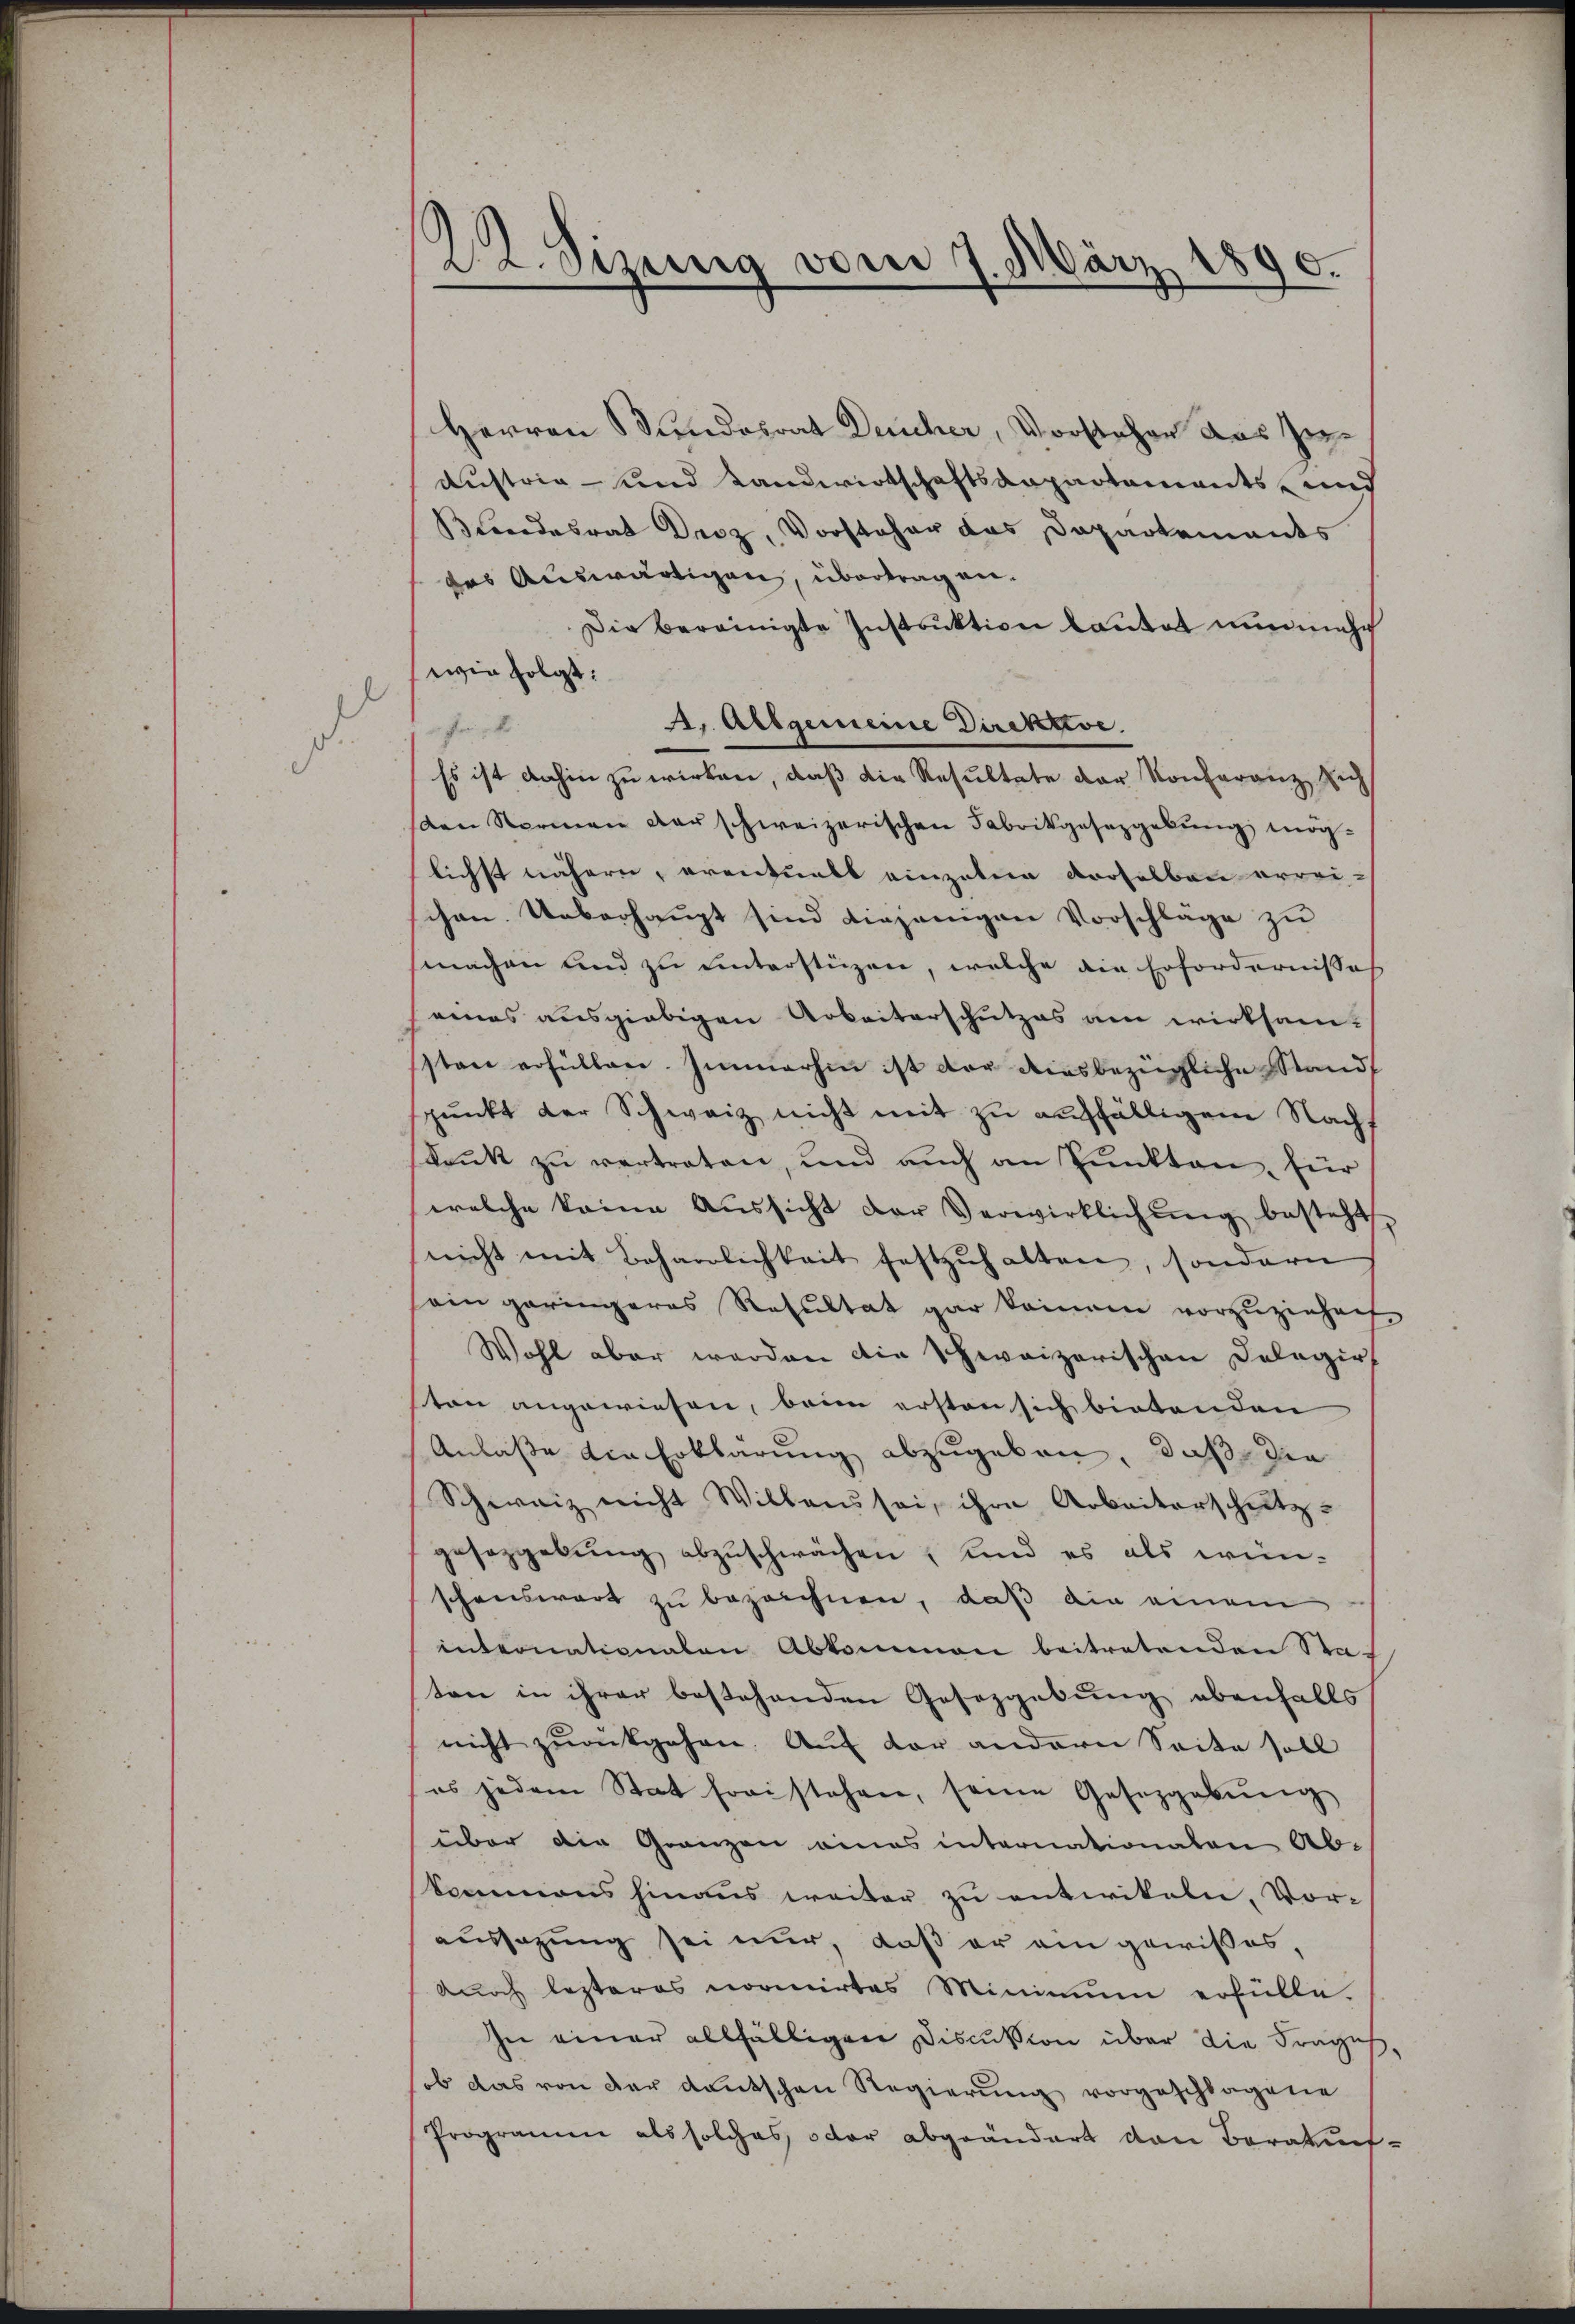
22. Sizenig vom 7. März 1890.

Herren Bundesrat Deucher, Vorstehen aus Zu¬
Austria - und Landwirtschaftsanpartements- und
Blendesrat Droz, Vorsteher das Departements
des Auswärtigen, übertragen.
Die bereinigte Instruktion lautet nunmehr
wie folgt:
4. Allgemeine Direktive.
fr
Es ist dahin zu wirken, daß die Resultate der Konferanz sich
sten Normen der schweizerischen Fabrikgesetzgebung möglichst nähern, eventuell eingeben derselben errei-
chen. Ueberhaupt sind diejenigen Vorschläge zu
machen und zu unterstüzen, welche die Erfordernisse
eines ausgiebigen Arbeiterschutzes am wirksam-
sten erfüllen. Immerhin ist der diesbezügliche Stand,
pŭnkt der Schweiz nicht mit zu auffälligem Nachs
dank zu vertreten, und auch an Punkten, für
welche keine Aŭssicht der Verwirklichŭng besteht
nicht mit Beharrlichkeit festzuhalten, sondern
ein geringeres Resultat gar kommen vorzuziehen
Wohl aber werden die Schweizerischen Delegir
ton angewiesen, beim ersten sich bietenden
Anlaße die Erklärung abzugeben, daß die
Schweiz nicht Willens sei, ihre Arbeiterschutz-
gesezgebung abzuschwächen, und es als wein-
schenswart zu bezeichnen, daß die einem
internationalen Abkommen beitretenden Sta-
ton in ihrer bestehenden Gesetzgebung ebenfalls
nicht zurükgehen. Auf der andern Seite soll
es jedem Stat freistehen, seine Gesezgabŭng
über die Gränzen eines internationalen Ab-
kommens hinaus weiter zu entwikeln, Vor-
aussagung sei nur, daß er am gewißes,
Anoch lezteres normirtes Minimum erfülle.
In einer allfälligen Discussion über die Frages
ob das von der deutschen Regierung vorgeschlagene
Programm als solches oder abgeändert von Beratun¬